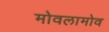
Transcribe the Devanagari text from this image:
मोवलामोव